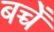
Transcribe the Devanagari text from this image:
बच्चेँ